Medical and sanitary report of the native army of Madras for the year
Year: 1877
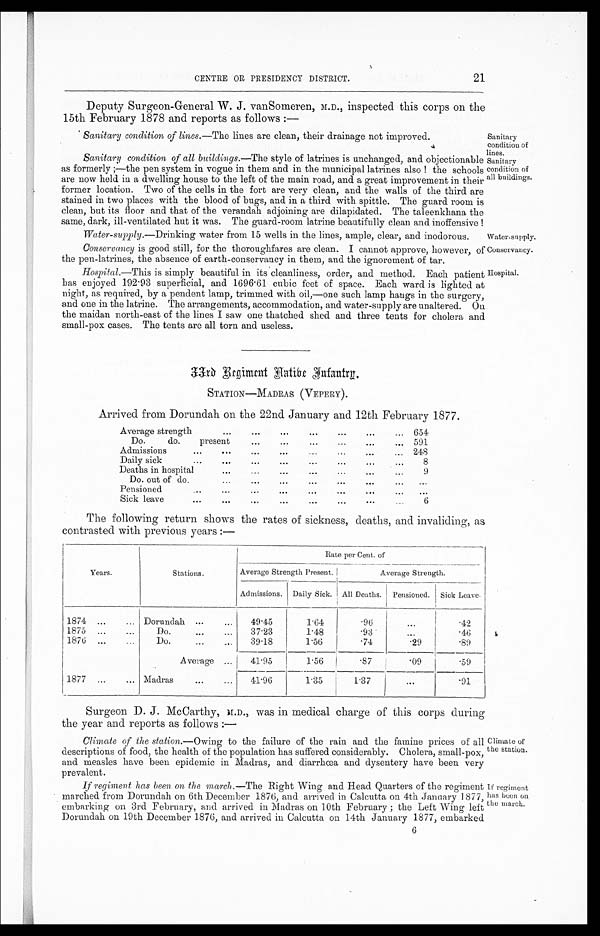
Sanitary
condition of
lines.
Sanitary
condition of
all buildings.
Conservancy.
Hospital.
CENTRE OR PRESIDENCY DISTRICT.
21
Deputy Surgeon-General W. J. vanSomeren, M.D., inspected this corps on the
15th February 1878 and reports as follows:—
Sanitary condition of lines.—The lines are clean, their drainage not improved.
Sanitary condition of all buildings. —The style of latrines is unchanged, and objectionable
as formerly;—the pen system in vogue in them and in the municipal latrines also! the schools
are now held in a dwelling house to the left of the main road, and a great improvement in their
former location. Two of the cells in the fort are very clean, and the walls of the third are
stained in two places with the blood of bugs, and in a third with spittle. The guard room is
clean, but its floor and that of the verandah adjoining are dilapidated. The taleenkhana the
same, dark, ill-ventilated hut it was. The guard-room latrine beautifully clean and inoffensive!
Water-supply.—Drinking water from 15 wells in the lines, ample, clear, and inodorous.
Water-supply.
Conservancy is good still, for the thoroughfares are clean. I cannot approve, however, of
the pen-latrines, the absence of earth-conservancy in them, and the ignorement of tar.
Hospital.—This is simply beautiful in its cleanliness, order, and method. Each patient
has enjoyed 192.93 superficial, and 1696.61 cubic feet of space. Each ward is lighted at
night, as required, by a pendent lamp, trimmed with oil,—one such lamp hangs in the surgery,
and one in the latrine. The arrangements, accommodation, and water-supply are unaltered. On
the maidan north-east of the lines I saw one thatched shed and three tents for cholera and
small-pox cases. The tents are all torn and useless.
33rd Regiment Native Infantry.
STATION—MADRAS (VEPERY).
Arrived from Dorundah on the 22nd January and 12th February 1877.
Average strength
654
Do.
do.
present
591
Admissions
248
Daily sick
8
Deaths in hospital
9
Do. out of do
...
...
. . .
Pensioned
...
...
..
..
. . .
Sick leave
6
The following return shows the rates of sickness, deaths, and invaliding, as
contrasted with previous years:—
Years.
Stations.
Rate per Cent. of
Average Strength Present.
Average Strength.
Admissions. Daily Sick. All Deaths. Pensioned. Sick Leave.
1874
Dorundah
49.45
1.64
. 9
. . .
. 4 2
1875
Do
37.23
1 . 4 8
. 9 3
...
.46
1876
Do
3 9 . 1 8
1.56
. 7 4
. 2 9 .89
Average
41.95
1.56
. 8 7
. 0 9 .59
1877
Madras
4 1 . 9 6
1.35
1.37
...
.91
Surgeon D. J. McCarthy, M.D., was in medical charge of this corps during
the year and reports as follows : —
Climate of the station.— Owing to the failure of the rain and the famine prices of all
descriptions of food, the health of the population has suffered considerably. Cholera, small-pox,
and measles have been epidemic in Madras, and diarrhœa and dysentery have been very
p r e v a l e n t .
If regiment has been on the march. —The Right Wing and Head Quarters of the regiment
marched from Dorundah on 6th December 1876, and arrived in Calcutta on 4th January 1877,
embarking on 3rd February, and arrived in Madras on 10th February; the Left Wing left
Dorundah on 19th December 1876, and arrived in Calcutta on 14th January 1877, embarked
Climate of
the station.
If regiment
has been on
:he march.
6